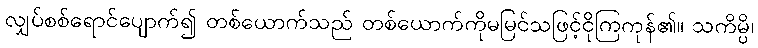
လျှပ်စစ်ရောင်ပျောက်၍ တစ်ယောက်သည် တစ်ယောက်ကိုမမြင်သဖြင့်ငိုကြကုန်၏။ သကိမ္ပိ၊